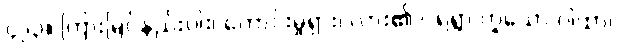
၄၂၃။ ကြားမြင်နည်းပါး၊ ကောင်းမှုရှား၊ လား၏ ငရဲရွာ ဟူူသော ဂါထာ၊